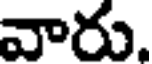
వారు.